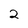
Character: 2